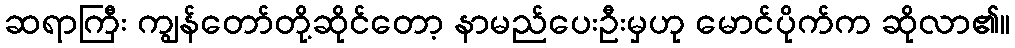
ဆရာကြီး ကျွန်တော်တို့ဆိုင်တော့ နာမည်ပေးဦးမှဟု မောင်ပိုက်က ဆိုလာ၏။